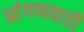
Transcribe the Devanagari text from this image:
आंगणवाडी